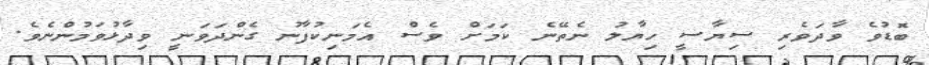
ބޮޑުވެ ވާދަވެރި ސިޔާސީ ހިޔާލު ނެތޭނެ ކަމަށް ވެސް އެމަނިކުފާނު ގެންދަވަނީ ވިދާޅުވަމުންނެވެ.